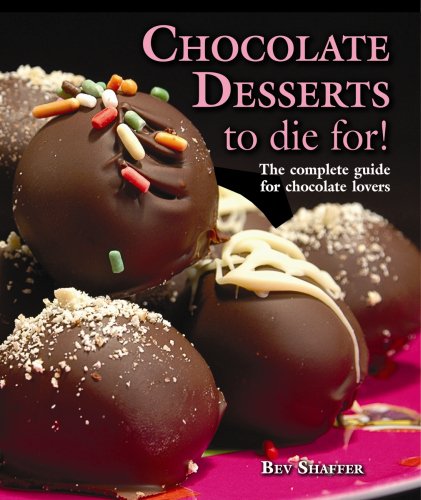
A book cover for Chocolate Desserts to Die For!; Bev Shaffer; Cookbooks, Food & Wine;